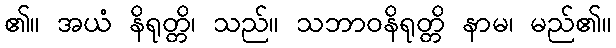
၏။ အယံ နိရုတ္တိ၊ သည်။ သဘာဝနိရုတ္တိ နာမ၊ မည်၏။